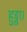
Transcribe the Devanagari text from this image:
हुड्डा।